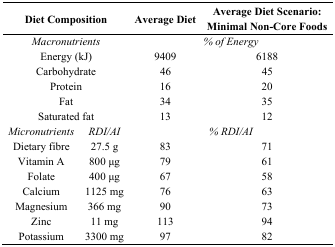
<table><thead><tr><td colspan="2"><b>Diet Composition</b></td><td><b>Average Diet</b></td><td><b>Average Diet Scenario: Minimal Non-Core Foods</b></td></tr></thead><tbody><tr><td colspan="2"><i>Macronutrients</i></td><td colspan="2"><i>% of Energy</i></td></tr><tr><td colspan="2">Energy (kJ)</td><td>9409</td><td>6188</td></tr><tr><td colspan="2">Carbohydrate</td><td>46</td><td>45</td></tr><tr><td colspan="2">Protein</td><td>16</td><td>20</td></tr><tr><td colspan="2">Fat</td><td>34</td><td>35</td></tr><tr><td colspan="2">Saturated fat</td><td>13</td><td>12</td></tr><tr><td><i>Micronutrients</i></td><td><i>RDI/AI</i></td><td colspan="2"><i>% RDI/AI</i></td></tr><tr><td>Dietary fibre</td><td>27.5 g</td><td>83</td><td>71</td></tr><tr><td>Vitamin A</td><td>800 μg</td><td>79</td><td>61</td></tr><tr><td>Folate</td><td>400 μg</td><td>67</td><td>58</td></tr><tr><td>Calcium</td><td>1125 mg</td><td>76</td><td>63</td></tr><tr><td>Magnesium</td><td>366 mg</td><td>90</td><td>73</td></tr><tr><td>Zinc</td><td>11 mg</td><td>113</td><td>94</td></tr><tr><td>Potassium</td><td>3300 mg</td><td>97</td><td>82</td></tr></tbody></table>